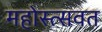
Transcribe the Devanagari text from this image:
महोस्त्सवत